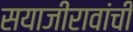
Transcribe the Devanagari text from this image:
सयाजीरावांची